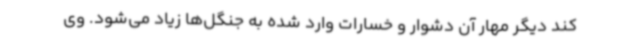
کند دیگر مهار آن دشوار و خسارات وارد شده به جنگل‌ها زیاد می‌شود. وی